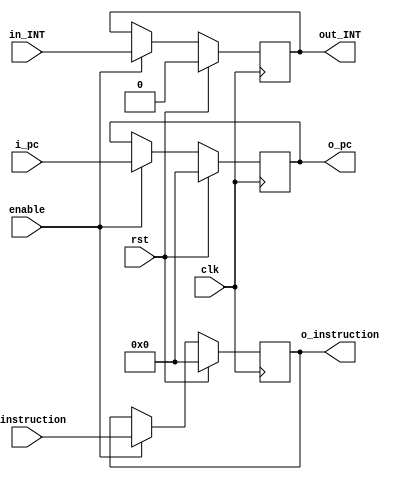
module fetch_dec_buf (
    input rst,
    input  clk,enable,
    input  [31:0] i_pc , i_instruction,
    input in_INT,
    output reg out_INT,
    output reg [31:0] o_pc , o_instruction
);
    always @(negedge clk) begin
        if(rst == 1'b1) begin
            o_pc <=0;
            o_instruction <=0;
            out_INT <=0;
        end
        else if(enable == 1'b1) begin
            o_pc          <= i_pc;
            o_instruction <= i_instruction;
            out_INT       <= in_INT;
        end
    end
endmodule